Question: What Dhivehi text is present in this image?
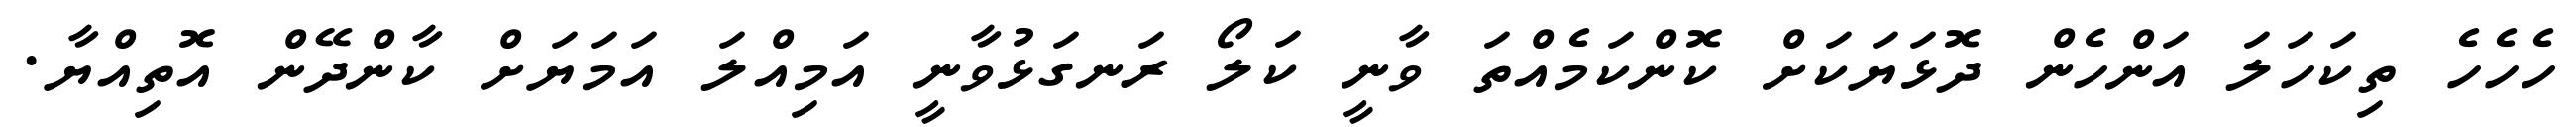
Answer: ހެހެހެ ތިކަހަލަ އަންހެން ދޮޅަޔަކަށް ކޮންކަމެއްތަ ވާނީ ކަލޯ ރަނގަޅުވާނީ އަމިއްލަ އަމަޔަށް ކާންދޭން އޮތިއްޔާ.